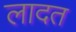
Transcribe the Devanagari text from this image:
लादत